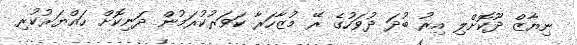
ނިޔާޒް ދޫކޮށްލި އިރު ބުދަ ދުވަހުގެ ރޭ މުޒާހަރާ ކަވަރުކުރަމުން ދަނިކޮށް ހައްޔަރުކުރި